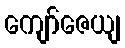
ကျော်ဇေယျ